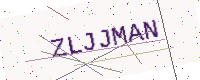
Text: ZLJJMAN